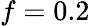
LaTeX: f=0.2